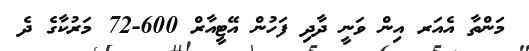
މަންތާ އެއަރ އިން ވަނީ ދާދި ފަހުން އޭޓީއާރް 600-72 މަރުކާގެ ދެ